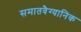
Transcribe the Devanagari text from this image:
समातवैग्यानिक